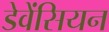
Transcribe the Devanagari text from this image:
डेवेंसियन